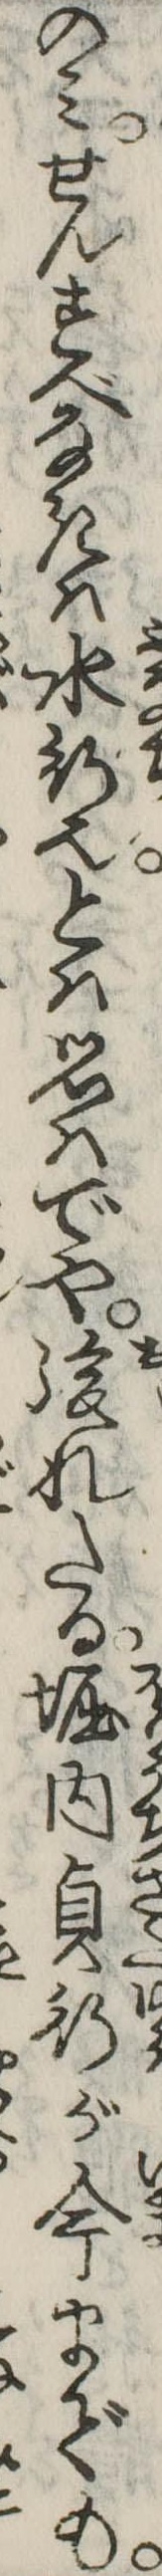
のみせんすべなきは水行也とは思はでや後れたる堀内貞行が今までも